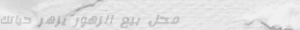
محل بيع الزهور يزهر حياتك